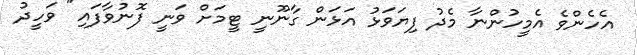
އެހެންވެ އެމީހުންނާ މެދު ފިޔަވަޅު އަޅަން ގާނޫނީ ޓީމަށް ވަނީ ފޮނުވާފައި" ވަހީދު